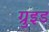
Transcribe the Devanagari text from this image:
ग्रुइड